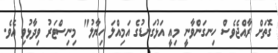
ގޮތަށް ރާއްޖެވެސް ހިނގަންވާނީ މިއީ އަޅުގަނޑުގެ އަމިއްލަ ހިޔާލު" މިނިސްޓަރު ވިދާޅުވި އެވެ.